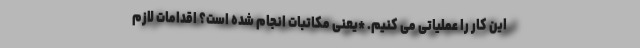
این کار را عملیاتی می کنیم. *یعنی مکاتبات انجام شده است؟ اقدامات لازم